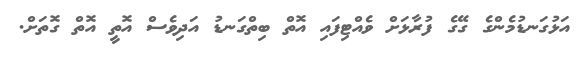
އަޅުގަނޑުމެންގެ ގޭގެ ފުރާޅަށް ވެއްޓިފައި އޮތް ބިތްގަނޑު އަދިވެސް އޮތީ އޮތް ގޮތަށް.